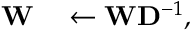
\begin{array} { r l } { \mathbf { W } } & { { } \leftarrow \mathbf { W } \mathbf { D } ^ { - 1 } , } \end{array}